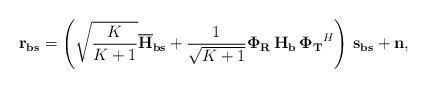
LaTeX: \begin{align*}{\bf r_{bs}} = \left(\sqrt{\frac{K}{K+1}} {\bf \overline{H}_{bs}} + \frac{1}{\sqrt{K+1}} {\bf \Phi_{R}} \, {\bf H_{b}} \, {\bf \Phi_{T}}^{H} \right) \, {\bf s_{bs}} + {\bf n},\end{align*}